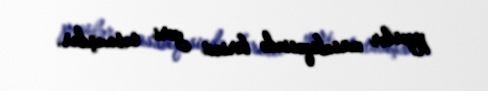
pyeslər müsabiqəsində birinci yeri tutmuşdur.